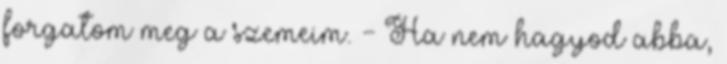
forgatom meg a szemeim. - Ha nem hagyod abba,